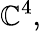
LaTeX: \mathbb{C}^{4},